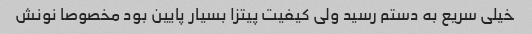
خیلی سریع به دستم رسید ولی کیفیت پیتزا بسیار پایین بود مخصوصا نونش